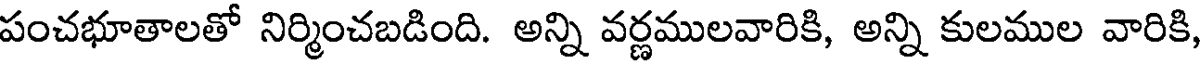
పంచభూతాలతో నిర్మించబడింది. అన్ని వర్ణములవారికి, అన్ని కులముల వారికి,